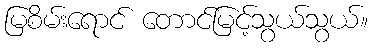
မြစိမ်းရောင် တောင်မြင့်သွယ်သွယ်။